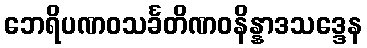
ဘေရိပဏဝသင်္ခတိဏဝနိန္နာဒသဒ္ဒေန